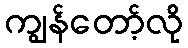
ကျွန်တော့်လို